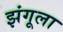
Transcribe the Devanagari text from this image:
झंगूला